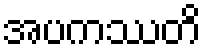
အပကဿတိ